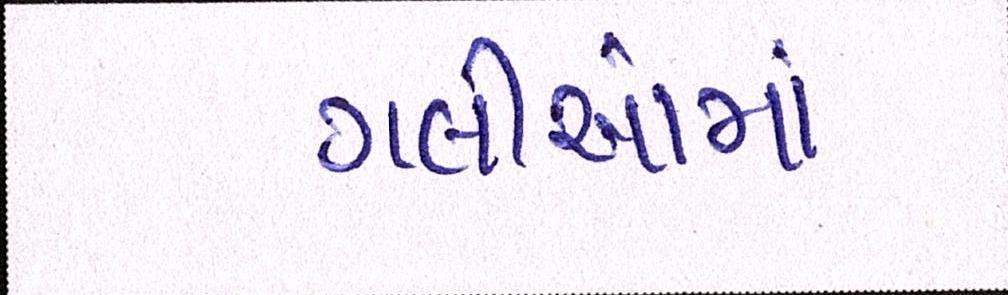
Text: ગલીઓમાં